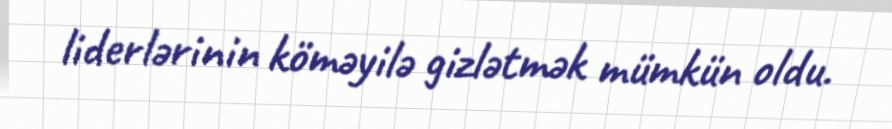
liderlərinin köməyilə gizlətmək mümkün oldu.